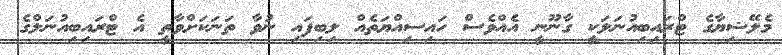
މެލޭޝިޔާގެ ޓްރައިބިއުނަލަކީ ގާނޫނީ އެއްވެސް ހައިސިއްޔަތެއް ލިބިފައި ނުވާ ތަނަކަށްވާތީ އެ ޓްރައިބިއުނަލްގެ